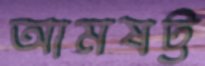
আমষট্ট